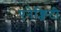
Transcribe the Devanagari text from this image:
एनेक्जिटी